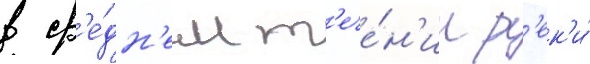
в ср'е́дн'ем т'ече́н'ии р'ек'и́